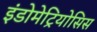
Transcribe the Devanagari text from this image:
इंडोमेट्रियोसिस